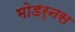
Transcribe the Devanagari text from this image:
मोडर्नस